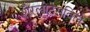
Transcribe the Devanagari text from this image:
शैरलोटेसविले